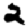
Digit: 2